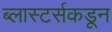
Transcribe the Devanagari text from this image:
ब्लास्टर्सकडून